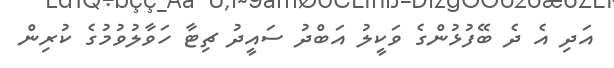
އަދި އެ ދެ ބޭފުޅުންގެ ވަކީލު އަބްދު ސައީދު ޗިޓާ ހަވާލުވުމުގެ ކުރިން